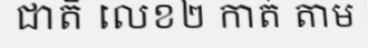
ជាតិ លេខ២ កាត់ តាម